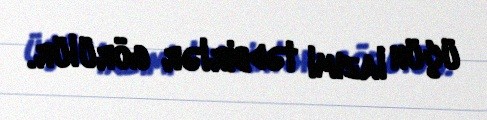
üçün lazımi tədbirlər görülür.